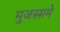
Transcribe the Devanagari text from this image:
मुजस्समे